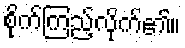
စိုက်ကြည့်လိုက်၏။